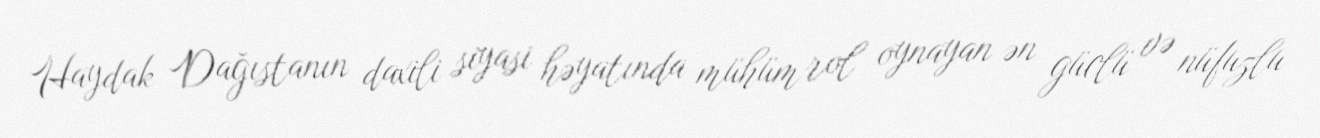
Haydak Dağıstanın daxili siyasi həyatında mühüm rol oynayan ən güclü və nüfuzlu